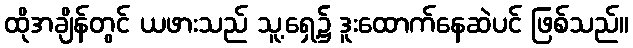
ထိုအချိန်တွင် ယဖားသည် သူ့ရှေ့၌ ဒူးထောက်နေဆဲပင် ဖြစ်သည်။